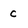
Character: C